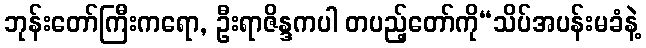
ဘုန်းတော်ကြီးကရော, ဦးရာဇိန္ဒကပါ တပည့်တော်ကို“သိပ်အပန်းမခံနဲ့